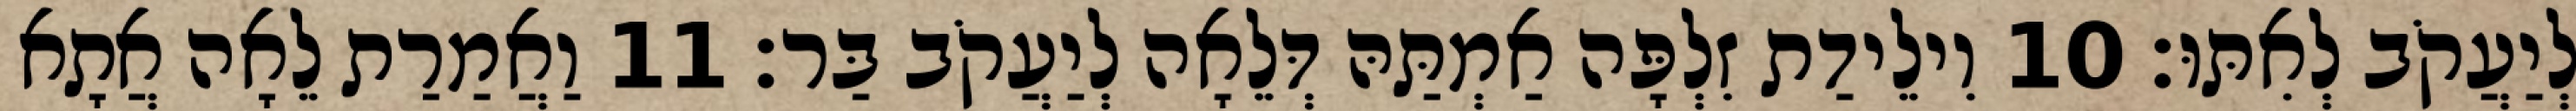
לְיַעֲקֹב לְאִתּוּ׃ 10 וִילֵידַת זִלְפָּה אַמְתַּהּ דְּלֵאָה לְיַעֲקֹב בַּר׃ 11 וַאֲמַרַת לֵאָה אֲתָא